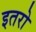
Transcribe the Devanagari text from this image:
इतरो